NAE_ERA_R-2362_Emakeele_Selts, lk 32
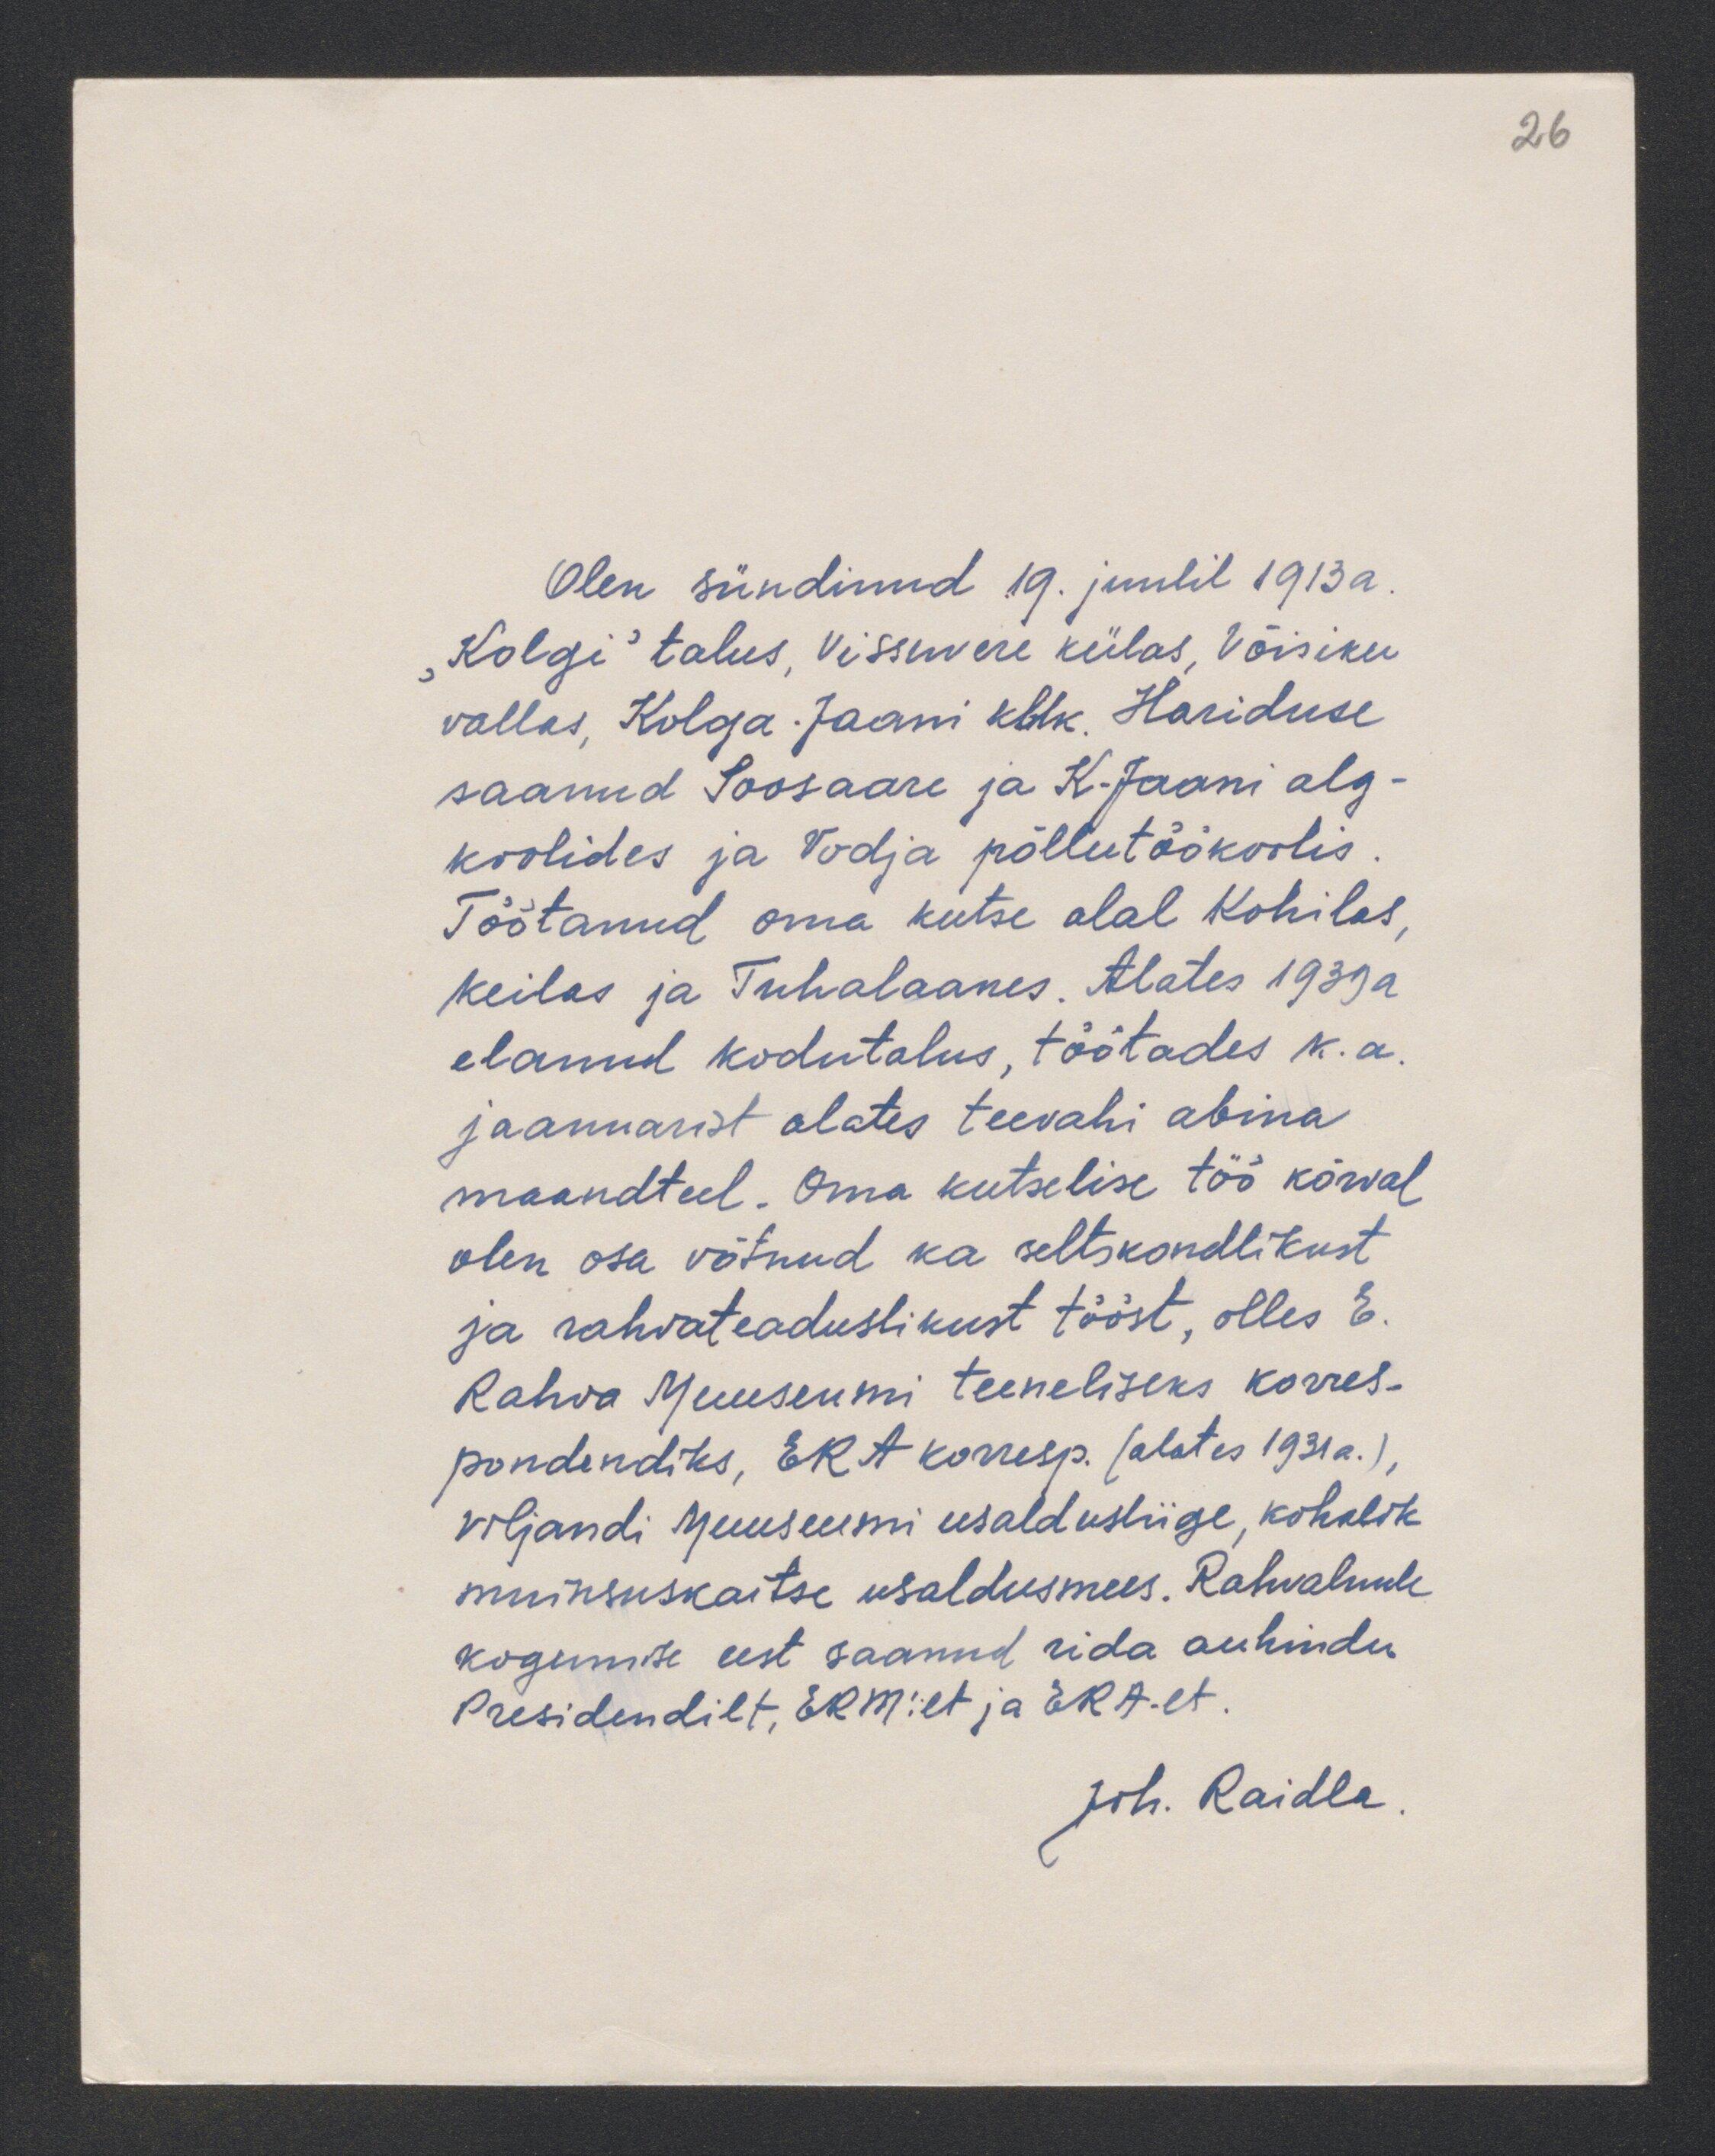
26

Olen sündinud 19. juulil 1913a.
"Kolgi" talus, Vissuvere külas, Võisiku
vallas, Kolga Jaani khlk. Hariduse
saanud Soosaare ja K-Jaani alg-
koolides ja Vodja põllutöökoolis.
Töötanud oma kutse alal Kohilas,
keilas ja Tuhalaanes. Alates 1939 a.
elanud kodutalus, töötades k.a.
jaanuarist alates teevahi abina
maandteel. Oma kutselise töö kõrval
olen osa võtnud ka seltskondlikust.
ja rahvateaduslikust tööst, olles E.
Rahva Muuseumi teeneliseks korres-
pondendiks, ERA korresp. (alates 1931a.)
viljandi Muuseumi usaldusliige kohalik
muinsuskaitse usaldusmees. Rahvaluule
kogumise eest saanud rida auhindu
Presidentilt, ERMilt et ja ERA-lt.
Joh. Raidla